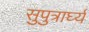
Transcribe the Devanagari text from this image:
सुपुत्रार्घ्यं